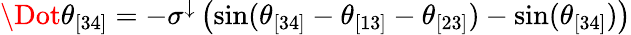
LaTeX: \begin{array}{r}{\Dot{\theta}_{[34]}=-\sigma^{\downarrow}\left(\sin(\theta_{[34]}-\theta_{[13]}-\theta_{[23]})-\sin(\theta_{[34]})\right)}\end{array}